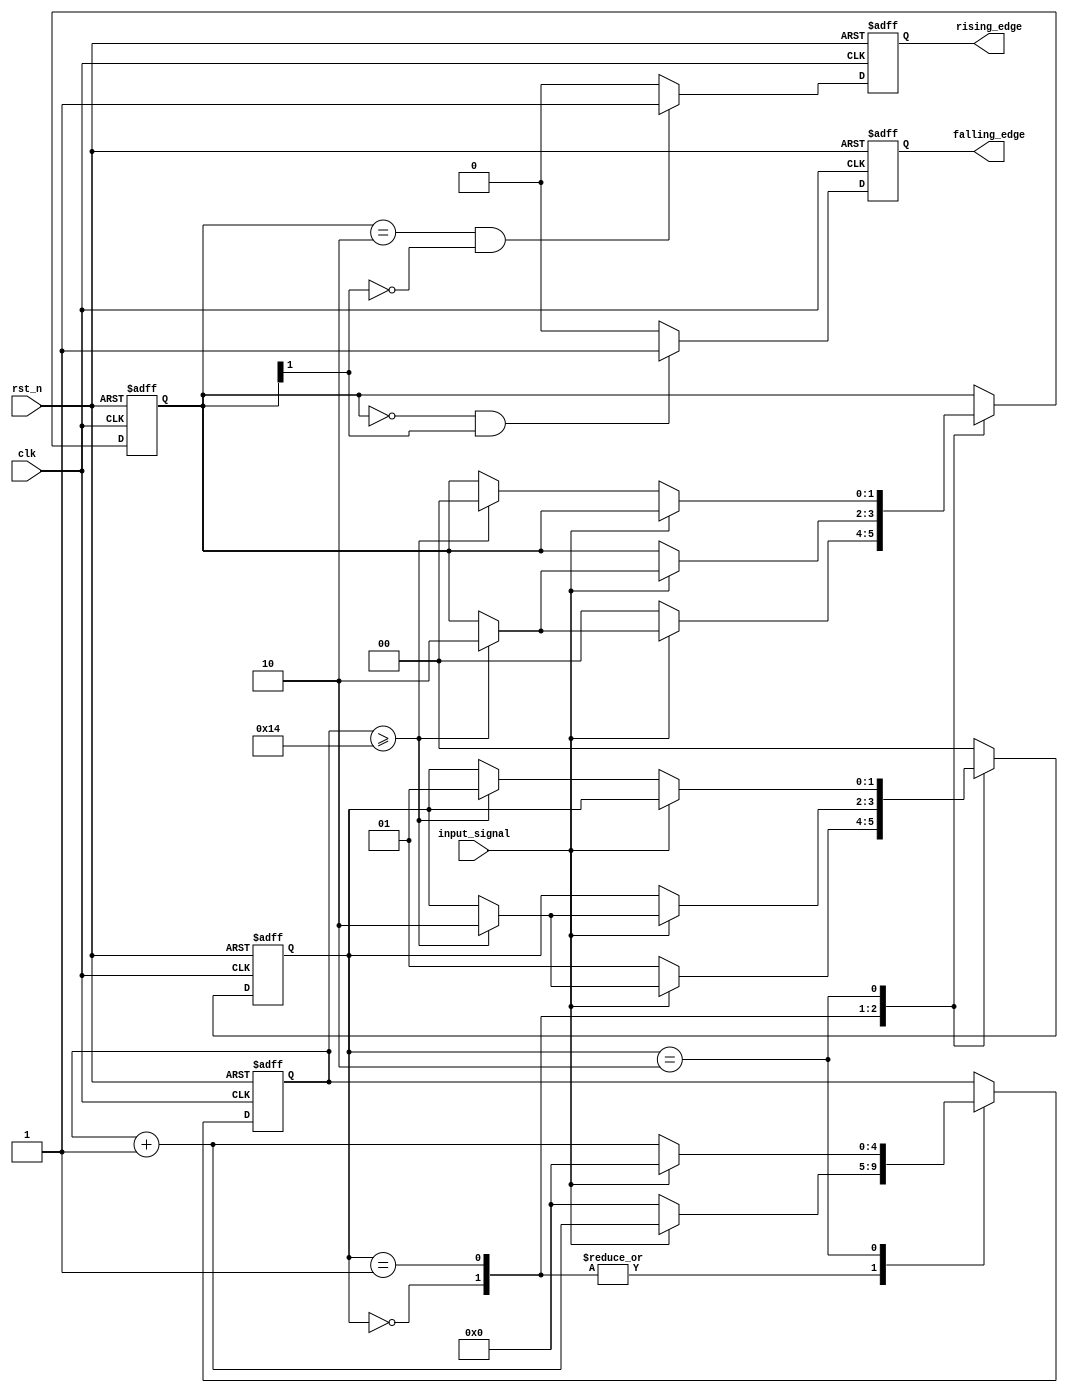
module debounced_edge_detector (
    input wire clk,          // Clock input
    input wire rst_n,       // Active-low reset
    input wire input_signal, // Asynchronous input signal
    output reg rising_edge,  // Output pulse for rising edge
    output reg falling_edge  // Output pulse for falling edge
);

    parameter DEBOUNCE_TIME = 20; // Debounce time in clock cycles (adjust as needed)
    
    // State registers
    reg [1:0] current_state; // Current state of the input signal
    reg [1:0] stable_signal;  // Stable signal after debouncing
    reg [4:0] debounce_counter; // Counter for debouncing
    
    // State encoding for FSM
    localparam STABLE = 2'b00;
    localparam STABLE_LOW = 2'b01;
    localparam STABLE_HIGH = 2'b10;

    // Edge detection logic
    always @(posedge clk or negedge rst_n) begin
        if (!rst_n) begin
            // Reset conditions
            current_state <= STABLE;
            stable_signal <= 2'b00;
            debounce_counter <= 5'b0;
            rising_edge <= 1'b0;
            falling_edge <= 1'b0;
        end else begin
            // Debouncing logic
            case (current_state)
                STABLE: begin
                    if (input_signal) begin
                        debounce_counter <= debounce_counter + 1;
                        if (debounce_counter >= DEBOUNCE_TIME) begin
                            stable_signal <= 2'b10; // Signal is stable high
                            current_state <= STABLE_HIGH;
                        end
                    end else begin
                        debounce_counter <= 0;
                        stable_signal <= 2'b00; // Signal is stable low
                        current_state <= STABLE_LOW;
                    end
                end
                
                STABLE_LOW: begin
                    if (input_signal) begin
                        debounce_counter <= debounce_counter + 1;
                        if (debounce_counter >= DEBOUNCE_TIME) begin
                            stable_signal <= 2'b10; // Signal is stable high
                            current_state <= STABLE_HIGH;
                        end
                    end else begin
                        debounce_counter <= 0;
                    end
                end
                
                STABLE_HIGH: begin
                    if (input_signal) begin
                        debounce_counter <= 0; // Keep the counter at zero
                    end else begin
                        debounce_counter <= debounce_counter + 1;
                        if (debounce_counter >= DEBOUNCE_TIME) begin
                            stable_signal <= 2'b00; // Signal is stable low
                            current_state <= STABLE_LOW;
                        end
                    end
                end
                
                default: begin
                    current_state <= STABLE; // Default to stable state
                end
            endcase
            
            // Edge detection logic
            if (stable_signal == 2'b10 && stable_signal[1] == 1'b0) begin
                rising_edge <= 1'b1; // Rising edge detected
            end else begin
                rising_edge <= 1'b0; // No rising edge
            end
            
            if (stable_signal == 2'b00 && stable_signal[1] == 1'b1) begin
                falling_edge <= 1'b1; // Falling edge detected
            end else begin
                falling_edge <= 1'b0; // No falling edge
            end
        end
    end

endmodule